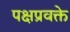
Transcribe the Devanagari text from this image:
पक्षप्रवक्ते